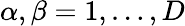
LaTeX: \alpha,\beta=1,\dots,D